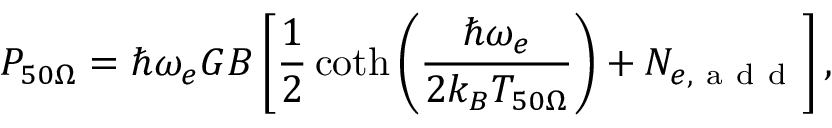
P _ { 5 0 \Omega } = \hbar \omega _ { e } G B \left[ \frac { 1 } { 2 } \coth \left( \frac { \hbar \omega _ { e } } { 2 k _ { B } T _ { 5 0 \Omega } } \right) + N _ { e , \mathrm { ~ a ~ d ~ d ~ } } \right] ,